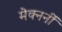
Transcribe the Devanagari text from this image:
मेक्नर्नी